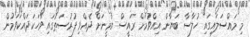
މި މައްސަލައިގައި ހުލާސާ ބަޔާން އިއްވުމަށް ރައީސް ޔާމީނަށް ދެއްވި ފުރުސަތުގައި ވާހަކަދައްކަވަމުން